Riigikantselei, lk 88
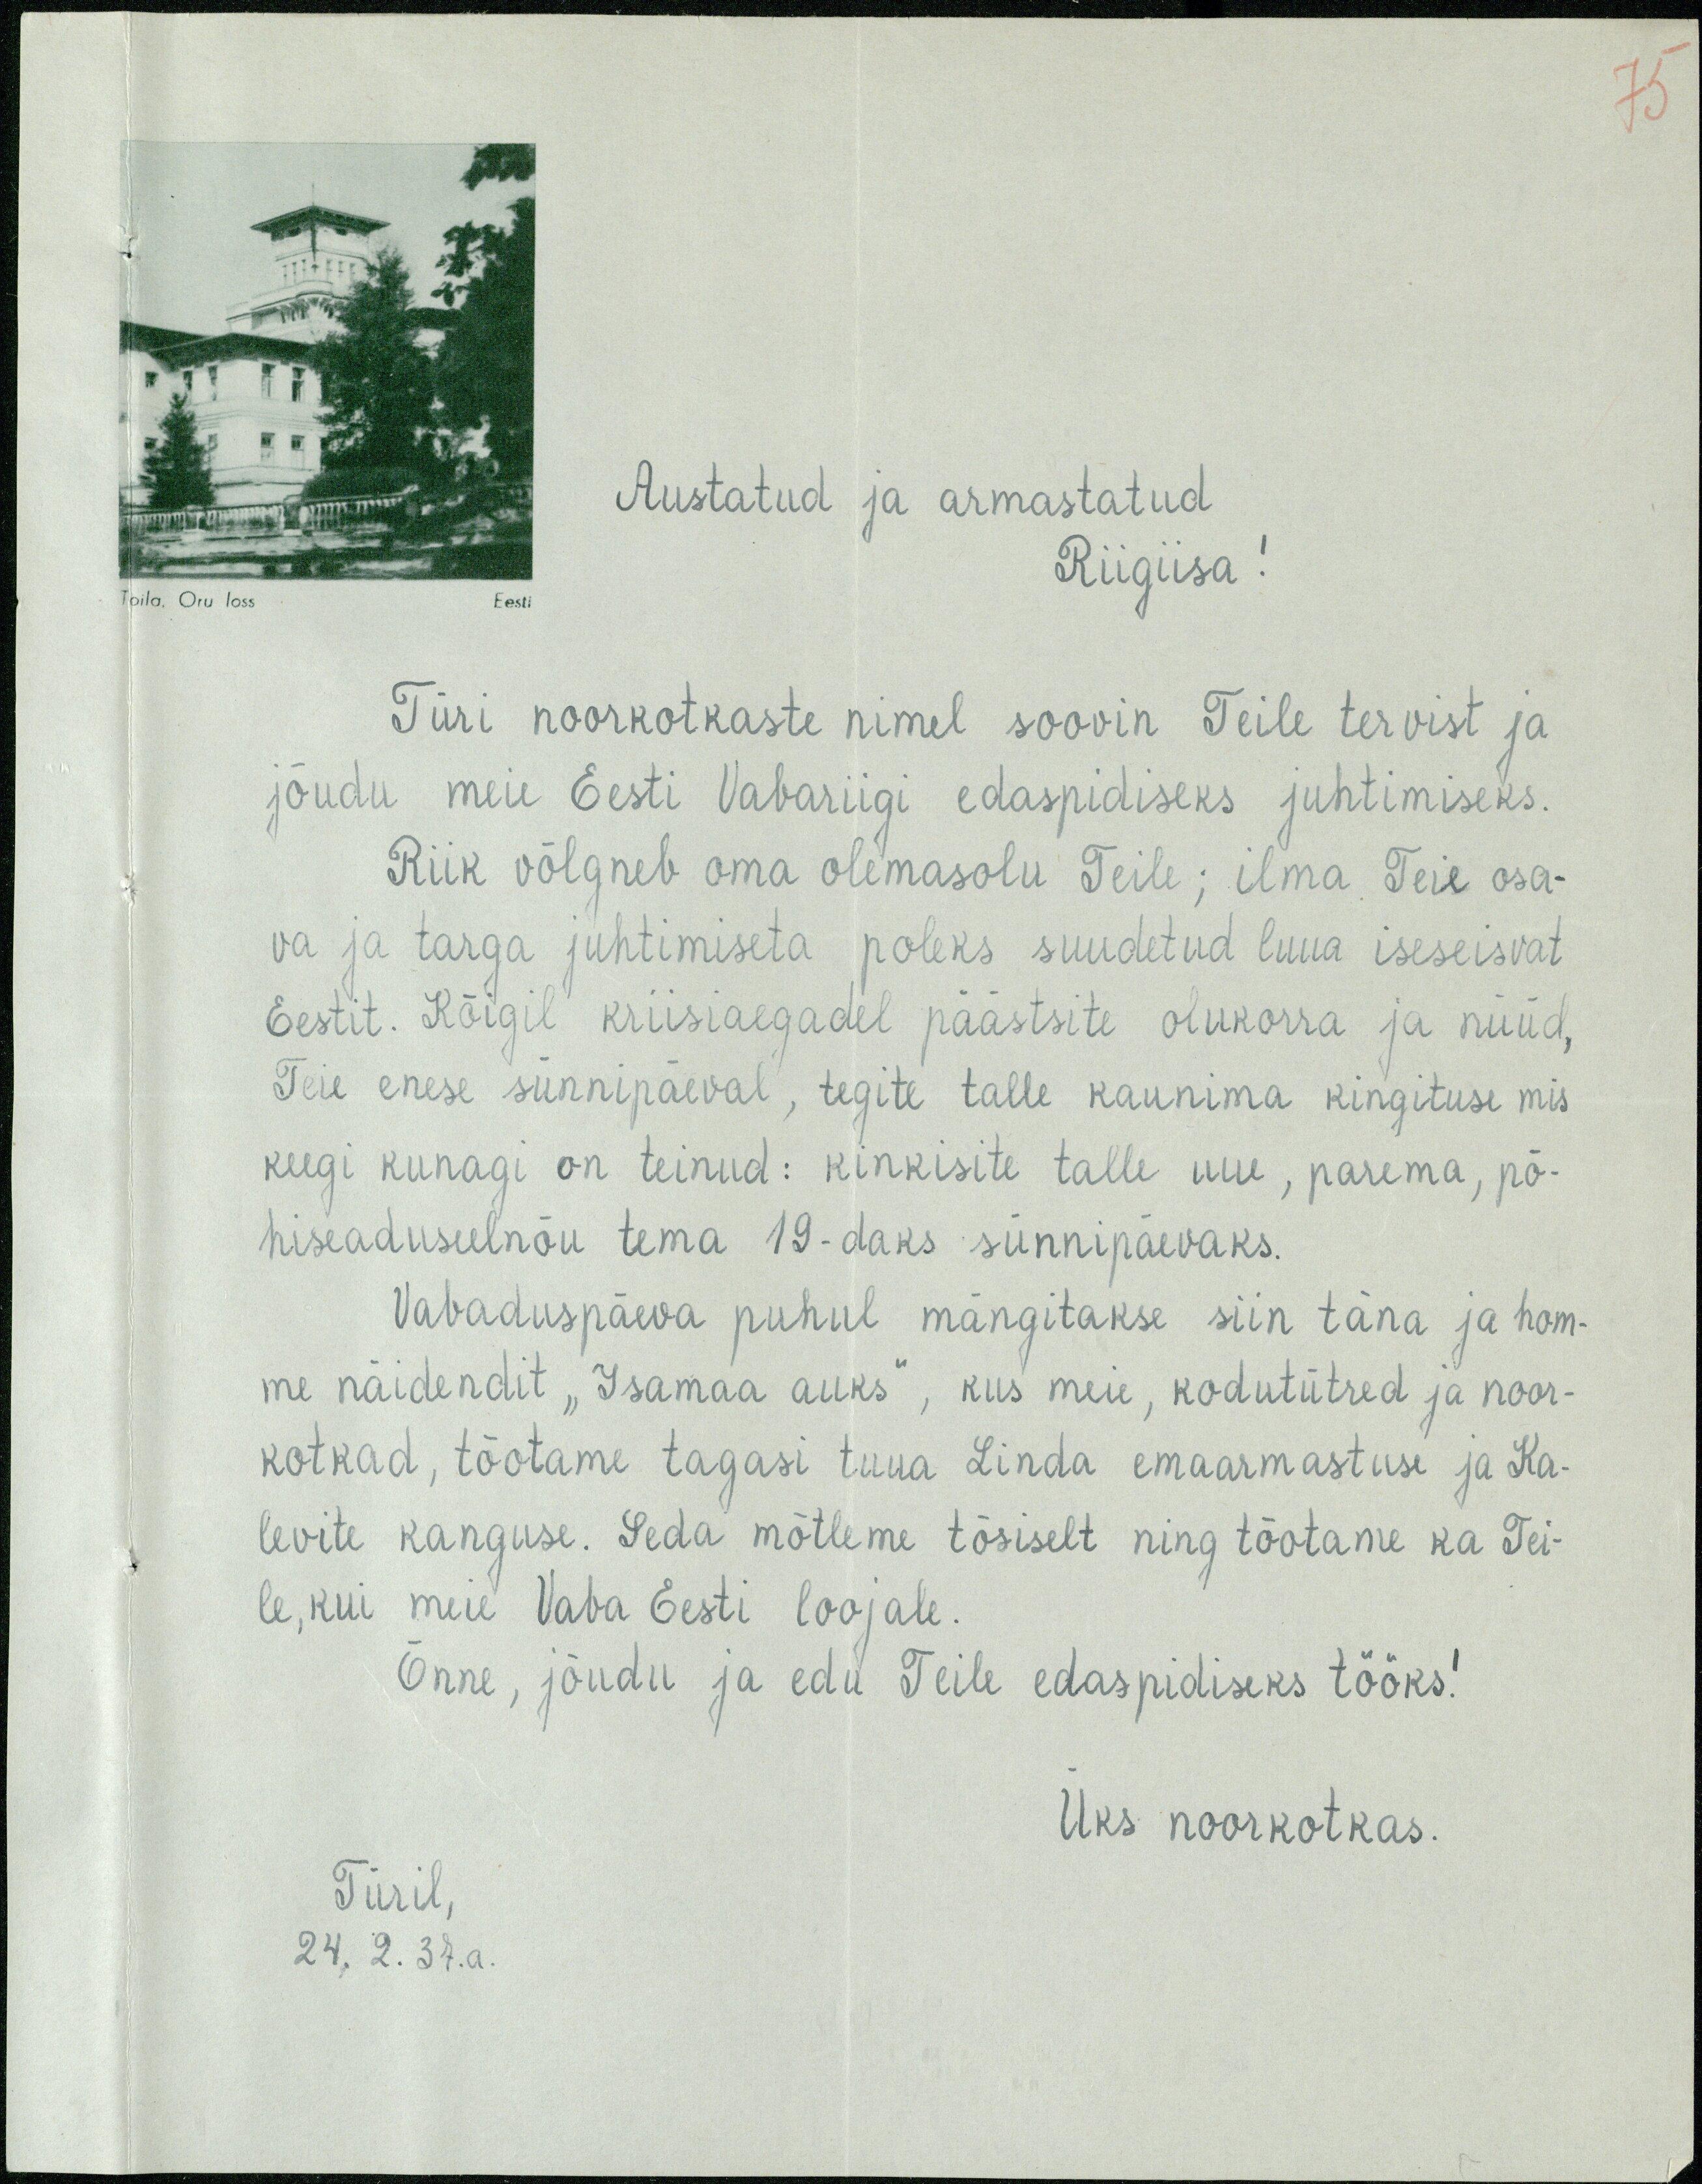
Toila. Oru loss
Eesti
Austatud ja armastatud
Riigiisa!
Türi noorkotkaste nimel soovin Teile tervist ja
jõudu meie Eesti Vabariigi edaspidiseks juhtimiseks.
Riik võlgneb oma olemasolu Teile; ilma Teie osa-
va ja targa juhtimiseta poleks suudetud luua iseseisvat
Eestit. Kõigil kriisiaegadel päästsite olukorra ja nüüd,
Teie enese sünnipäeval, tegite talle kaunima kingituse mis
keegi kunagi on teinud: kinkisite talle uue, parema, põ-
hiseaduselnõu tema 19-daks sünnipäevaks.
Vabaduspäeva puhul mängitakse siin täna ja hom-
me näidendit "Isamaa auks", kus meie, kodutütred ja noor-
kotkad, tõotame tagasi tuua Linda emaarmastuse ja Ka-
levite kanguse. Seda mõtleme tõsiselt ning tõotame ka Tei-
le, kui meie Vaba Eesti loojale.
Õnne, Jõudu ja edu Teile edaspidiseks tööks!
Üks noorkotkas.
Türil,
24.2.37.a.